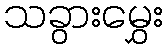
သခွားမွှေး